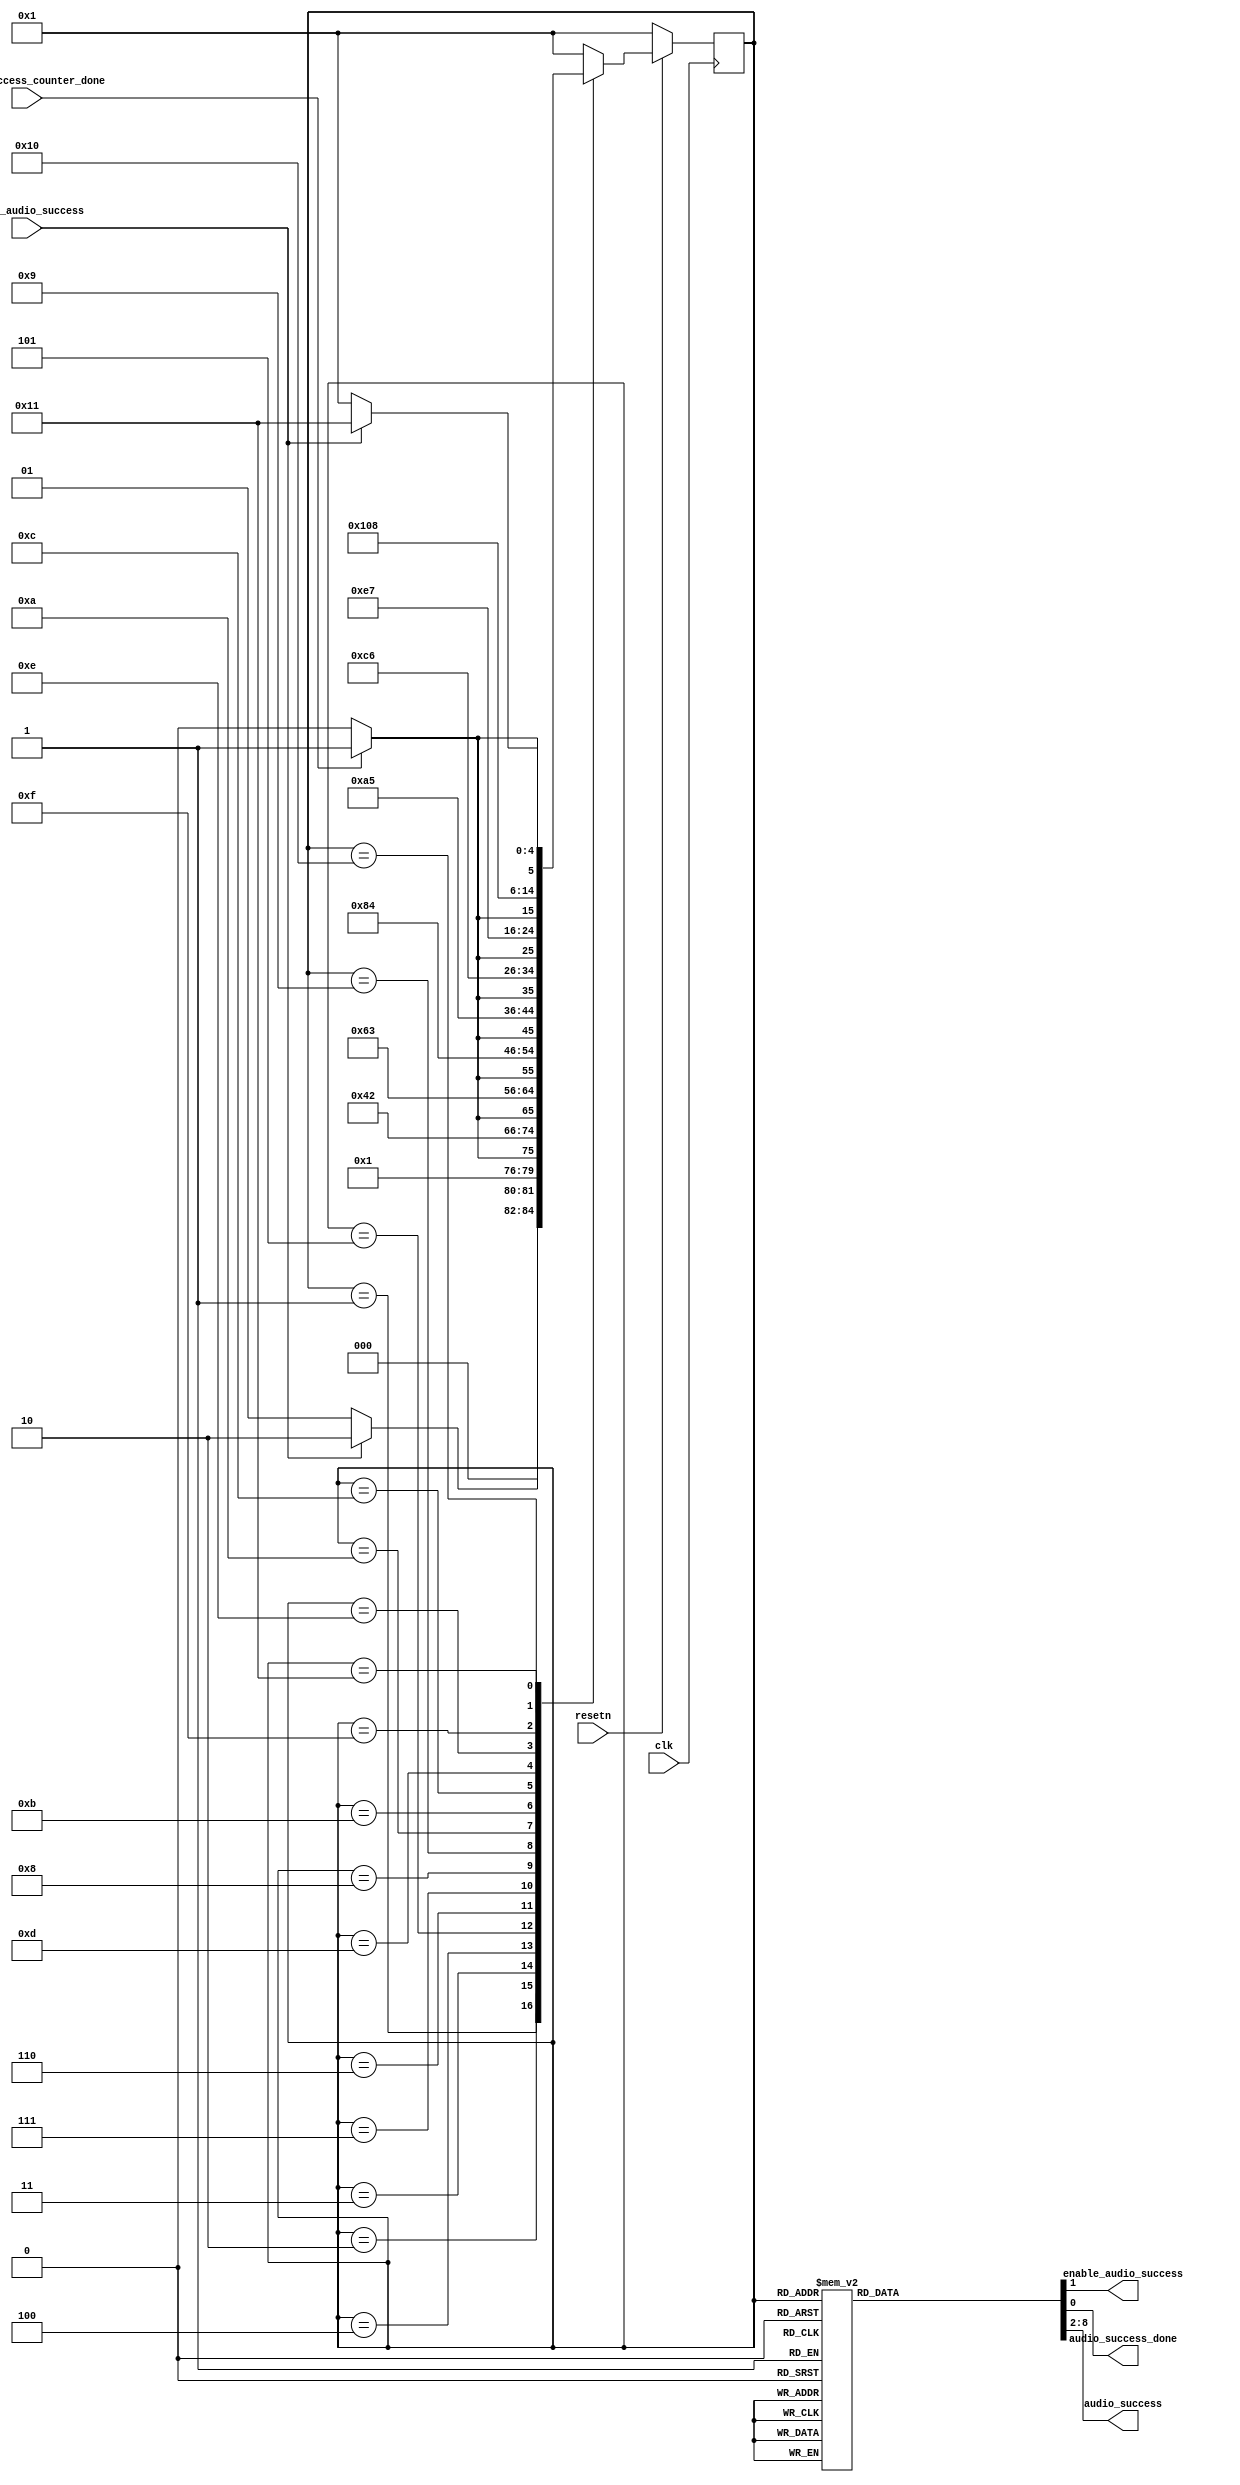

module audio_win(
		input clk,
    		input resetn,
		
		output reg enable_audio_success,
		input audio_success_counter_done,
		input start_audio_success,
		output reg audio_success_done,
		output reg [6:0] audio_success
		);

    reg [4:0] current_state, next_state; 


    reg update;


    localparam  		
		S_WAIT_FOR_COMMAND		= 5'd1,
		S_LOAD_AUDIO1			= 5'd2,
		S_WAIT1				= 5'd3,
		S_LOAD_AUDIO2			= 5'd4,
		S_WAIT2   			= 5'd5,
		S_LOAD_AUDIO3			= 5'd6,
		S_WAIT3				= 5'd7,
		S_LOAD_AUDIO4			= 5'd8,
		S_WAIT4				= 5'd9,
		S_LOAD_AUDIO5			= 5'd10,
		S_WAIT5				= 5'd11,
		S_LOAD_AUDIO6			= 5'd12,
		S_WAIT6 			= 5'd13,
		S_LOAD_AUDIO7			= 5'd14,
		S_WAIT7				= 5'd15,
		S_LOAD_AUDIO8			= 5'd16,		
		S_DONE_AUDIO_SUCCESS		= 5'd17;


    // Next state logic aka our state table
    always@(*)
    begin: state_table 
           case (current_state)
      		
		S_WAIT_FOR_COMMAND: next_state = start_audio_success? S_LOAD_AUDIO1: S_WAIT_FOR_COMMAND;
		S_LOAD_AUDIO1: next_state = audio_success_counter_done? S_WAIT1: S_LOAD_AUDIO1;
		S_WAIT1: next_state = S_LOAD_AUDIO2;			
		S_LOAD_AUDIO2: 	next_state = audio_success_counter_done? S_WAIT2: S_LOAD_AUDIO2;		
		S_WAIT2: next_state = S_LOAD_AUDIO3; 		
		S_LOAD_AUDIO3: next_state = audio_success_counter_done? S_WAIT3: S_LOAD_AUDIO3;		
		S_WAIT3: next_state = S_LOAD_AUDIO4;				
		S_LOAD_AUDIO4: next_state = audio_success_counter_done? S_WAIT4: S_LOAD_AUDIO4;			
		S_WAIT4: next_state = S_LOAD_AUDIO5;				
		S_LOAD_AUDIO5: next_state = audio_success_counter_done? S_WAIT5: S_LOAD_AUDIO5;		
		S_WAIT5: next_state = S_LOAD_AUDIO6;				
		S_LOAD_AUDIO6: next_state = audio_success_counter_done? S_WAIT6: S_LOAD_AUDIO6;			
		S_WAIT6: next_state = S_LOAD_AUDIO7; 			
		S_LOAD_AUDIO7: next_state = audio_success_counter_done? S_WAIT7: S_LOAD_AUDIO7;			
		S_WAIT7: next_state = S_LOAD_AUDIO8;				
		S_LOAD_AUDIO8: next_state = audio_success_counter_done? S_DONE_AUDIO_SUCCESS: S_LOAD_AUDIO8;			
	
		S_DONE_AUDIO_SUCCESS: next_state = start_audio_success? S_DONE_AUDIO_SUCCESS: S_WAIT_FOR_COMMAND;

            
			default:     next_state = S_WAIT_FOR_COMMAND;
        endcase
    end // state_table
   

    // Output logic aka all of our datapath control signals
    always @(*)
    begin: enable_signals
        // By default make all our signals 0
		
		enable_audio_success = 1'b0;
		audio_success_done = 1'b0;
		audio_success = 7'b0;

      case (current_state)

		S_LOAD_AUDIO1: begin
			enable_audio_success = 1'b1;
			audio_success = 7'b0001000;
		end
		
		S_LOAD_AUDIO2: begin
			enable_audio_success = 1'b1;
			audio_success = 7'b0001010;			
		end		

		S_LOAD_AUDIO3: begin
			enable_audio_success = 1'b1;
			audio_success = 7'b0001000;
		end			

		S_LOAD_AUDIO4: begin
			enable_audio_success = 1'b1;
			audio_success = 7'b0001100;
		end					
	
		S_LOAD_AUDIO5: begin
			enable_audio_success = 1'b1;
			audio_success = 7'b0001000;
		end					
		
		S_LOAD_AUDIO6: begin
			enable_audio_success = 1'b1;
			audio_success = 7'b0001001;
		end					
	
		S_LOAD_AUDIO7: begin
			enable_audio_success = 1'b1;
			audio_success = 7'b0001010;
		end					
	
		S_LOAD_AUDIO8: begin
			enable_audio_success = 1'b1;
			audio_success = 7'b0001100;
		end			
				
		S_DONE_AUDIO_SUCCESS: audio_success_done = 1'b1;	

        endcase
    end // enable_signals

    // current_state registers
    always@(posedge clk)
    begin: state_FFs
        if(!resetn)
            current_state <= S_WAIT_FOR_COMMAND;
        else
            current_state <= next_state;
    end // state_FFS
	 
  
	 
endmodule